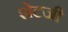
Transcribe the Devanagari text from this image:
शेटजी